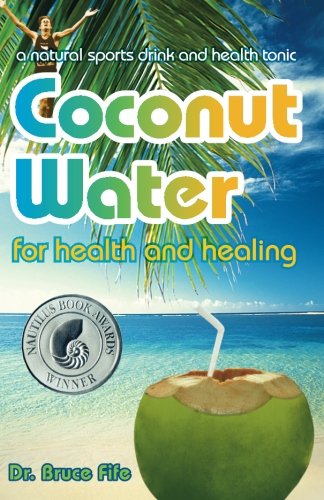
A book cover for Coconut Water for Health and Healing; Bruce Fife; Cookbooks, Food & Wine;